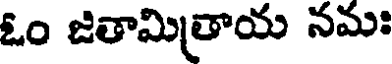
ఓం జితామిత్రాయ నమః